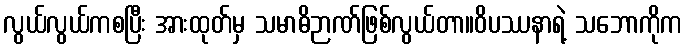
လွယ်လွယ်ကစပြီး အားထုတ်မှ သမာဓိဉာဏ်ဖြစ်လွယ်တာ။ဝိပဿနာရဲ့ သဘောကိုက